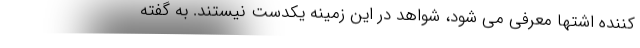
کننده اشتها معرفی می شود، شواهد در این زمینه یکدست نیستند. به گفته